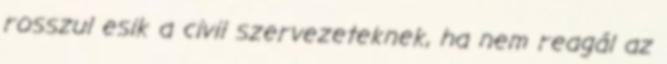
rosszul esik a civil szervezeteknek, ha nem reagál az